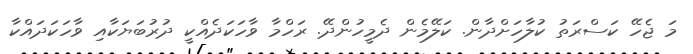
މަ ޖެހޭ ކަސްރަތު ކުލާހަށްދާން. ކަލޭމެން ދެމީހުންދޭ. ރަހްމާ ވާހަކަދެއްކީ ދުރުބަޔަކާއި ވާހަކަދައްކާ